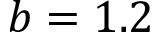
b = 1 . 2